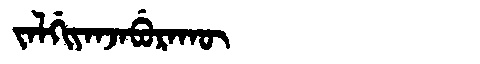
Manchu: ᠵᠠᠯᡤᡳᠶᠠᠨᠵᠠᠪᡠᡵᠠᡴᡡ
Romanization: JALGIYANJABURAKŪ